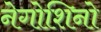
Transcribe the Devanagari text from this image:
नेगोशिनो